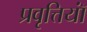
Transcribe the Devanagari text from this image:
प्रवृत्तियॉं